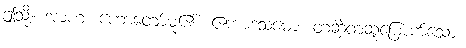
ဤသို့။ အာဟ၊ ဟောတော်မူ၏။ ဧကာဒသမော၊ တဆဲ့တဆူမြောက်သော။